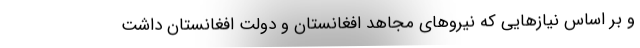
و بر اساس نیازهایی که نیروهای مجاهد افغانستان و دولت افغانستان داشت